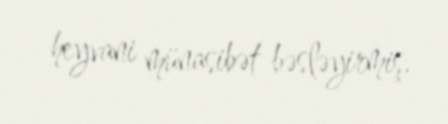
heyvani münasibət bəsləyirmiş.